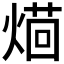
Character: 𤌚